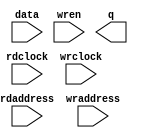
module DPRAM (
	data,
	rdaddress,
	rdclock,
	wraddress,
	wrclock,
	wren,
	q);
	input	[11:0]  data;
	input	[8:0]  rdaddress;
	input	  rdclock;
	input	[8:0]  wraddress;
	input	  wrclock;
	input	  wren;
	output	[11:0]  q;
`ifndef ALTERA_RESERVED_QIS
// synopsys translate_off
`endif
	tri1	  wren;
`ifndef ALTERA_RESERVED_QIS
// synopsys translate_on
`endif
endmodule